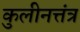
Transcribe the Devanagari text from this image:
कुलीनत्तंत्र